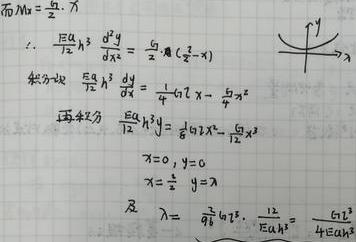
\[
\begin{align*}
\text{而}M_{A}&=\frac{q}{2}\cdot x\\
\therefore\frac{EI_{A}}{12}h^{3}\frac{d^{3}y}{dx^{3}}&=\frac{q}{2}x(\frac{L}{2}-x)\\
\text{求积分}\frac{EI_{A}}{12}h^{3}\frac{d^{2}y}{dx^{2}}&=\frac{1}{4}qLx^{2}-\frac{5}{6}qx^{3}\\
\text{再积分}\frac{EI_{A}}{12}h^{3}y&=\frac{1}{6}qLx^{3}-\frac{1}{2}qx^{4}\\
x = 0,y&=0\\
x=\frac{L}{2},y&=\lambda\\
\text{及}\lambda&=\frac{12}{qL^{4}}\cdot\frac{EI_{A}h^{3}}{4EI_{A}h^{3}}
\end{align*}
\]